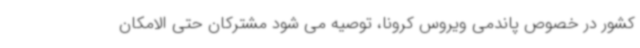
کشور در خصوص پاندمی ویروس کرونا، توصیه می شود مشترکان حتی الامکان